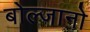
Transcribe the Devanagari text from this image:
बोल्जानो